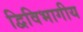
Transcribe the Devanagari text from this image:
द्विविभागीय